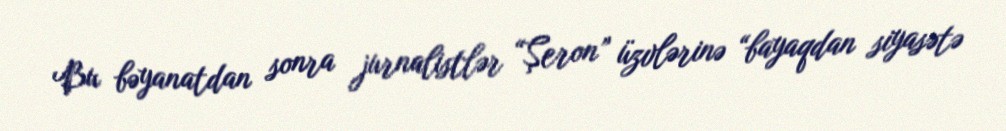
Bu bəyanatdan sonra jurnalistlər “Şeron” üzvlərinə “bayaqdan siyasətə